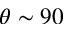
\theta \sim 9 0